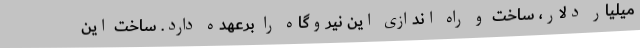
میلیار دلار، ساخت و راه اندازی این نیروگاه را برعهده دارد. ساخت این